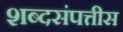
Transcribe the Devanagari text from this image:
शब्दसंपत्तीस